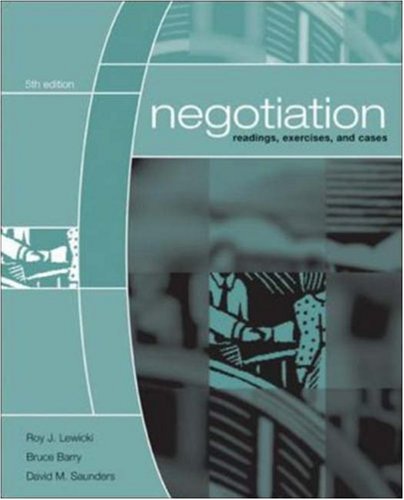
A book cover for Negotiation: Readings, Exercises, and Cases; Roy Lewicki; Business & Money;